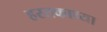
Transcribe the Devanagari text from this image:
हस्तकाच्या